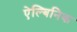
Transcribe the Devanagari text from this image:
ऐल्बिनिक